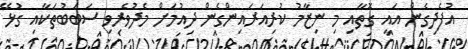
އުފެދިގެން އައި ގޮތާއި މި ނިޒާމު ކުރިއަރައިންގެން ދިއުމަށް މެދުވެރިވި ސަބަބުތަކާއި ގުޅޭ